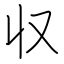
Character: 収